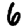
Digit: 6